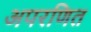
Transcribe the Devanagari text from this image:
अपरणित